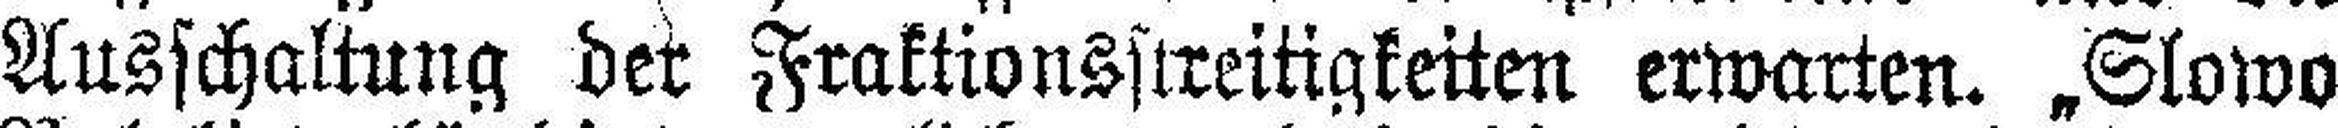
Ausschaltung bei Fraktionsstreitigkeiten erwarten. „Slowo